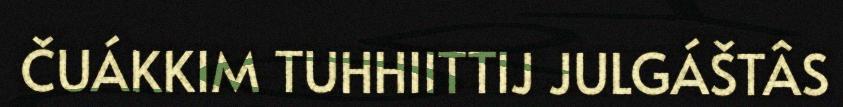
ČUÁKKIM TUHHIITTIJ JULGÁŠTÂS